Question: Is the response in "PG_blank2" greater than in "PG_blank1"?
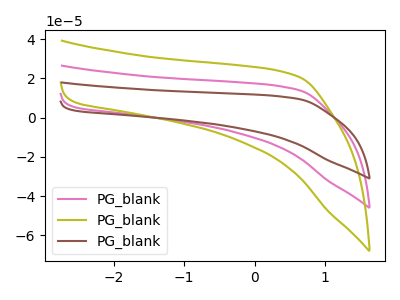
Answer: <think>The pink curve "PG_blank1" has no peaks. The olive curve "PG_blank2" has no peaks. The brown curve "PG_blank3" has no peaks.
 Neither "PG_blank2" or "PG_blank1" have any peaks.</think>
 <answer>I cant tell if "PG_blank2" or "PG_blank1" has more signal.</answer>
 <eval>mixed_signal</eval>